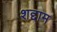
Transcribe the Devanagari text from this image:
शद्दाम